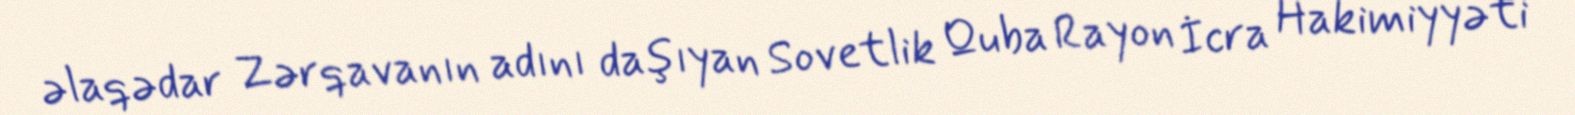
əlaqədar Zərqavanın adını daşıyan Sovetlik Quba Rayon İcra Hakimiyyəti